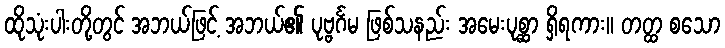
ထိုသုံးပါးတို့တွင် အဘယ်ဖြင့် အဘယ်၏ ပုဗ္ဗင်္ဂမ ဖြစ်သနည်း အမေးပုစ္ဆာ ရှိရကား။ တတ္ထ စသော